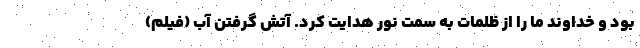
بود و خداوند ما را از ظلمات به سمت نور هدایت کرد. آتش گرفتن آب (فیلم)